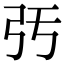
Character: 𢎰